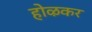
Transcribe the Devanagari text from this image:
होऴकर